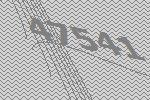
47541